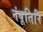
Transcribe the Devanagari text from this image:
नंबूतिरि